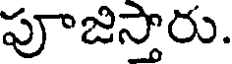
పూజిస్తారు.